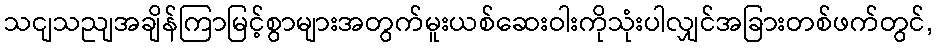
သငျသညျအချိန်ကြာမြင့်စွာများအတွက်မူးယစ်ဆေးဝါးကိုသုံးပါလျှင်အခြားတစ်ဖက်တွင်,